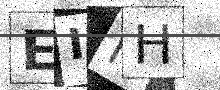
Text: EIIH